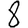
Digit: 8